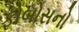
ફોબોસનો